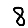
Digit: 8